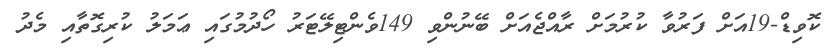
ކޮވިޑް-19އަށް ފަރުވާ ކުރުމަށް ރާއްޖެއަށް ބޭނުންވި 149ވެންޓިލޭޓަރު ހޯދުމުގައި ޢަމަލު ކުރިގޮތާއި މެދު